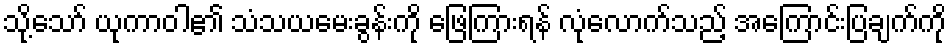
သို့သော် ယုကာဝါ၏ သံသယမေးခွန်းကို ဖြေကြားရန် လုံလောက်သည့် အကြောင်းပြချက်ကို